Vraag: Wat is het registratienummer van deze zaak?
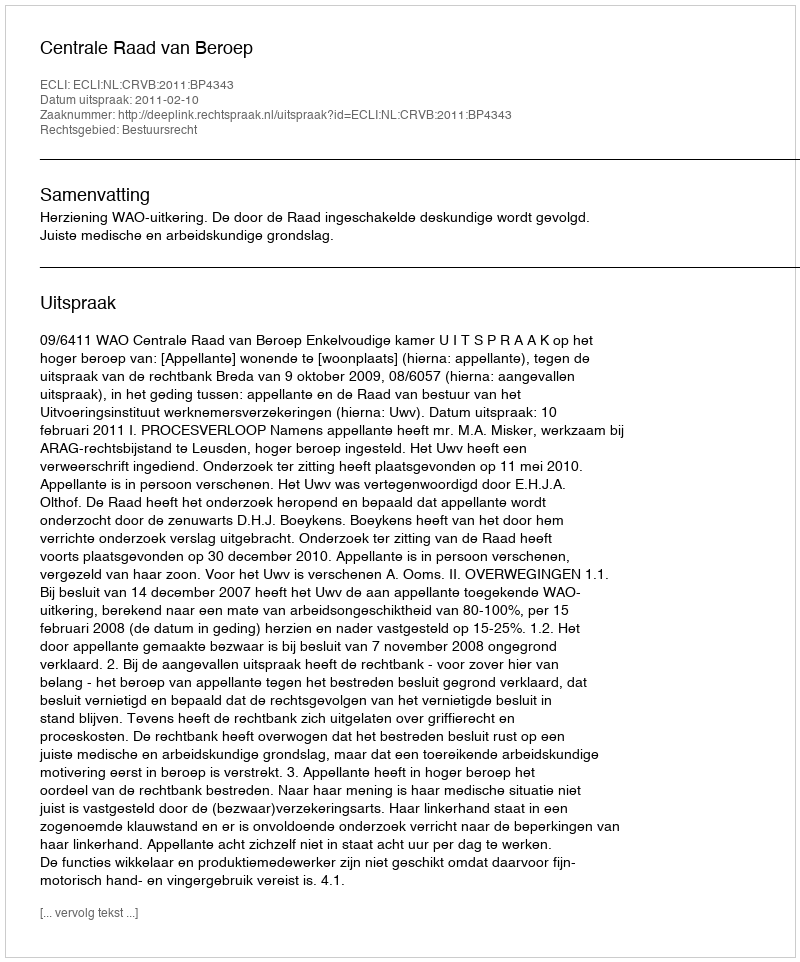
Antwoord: http://deeplink.rechtspraak.nl/uitspraak?id=ECLI:NL:CRVB:2011:BP4343